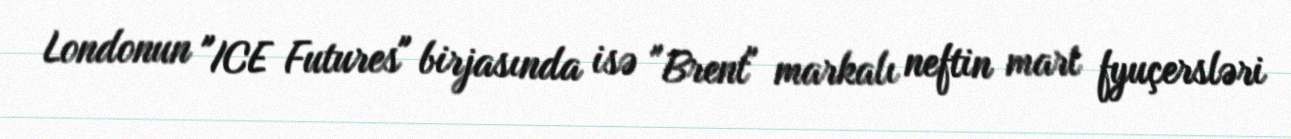
Londonun "ICE Futures" birjasında isə "Brent" markalı neftin mart fyuçersləri